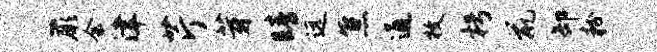
蕨会津芹芽睛远焦通枚枵鼠卸粉